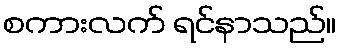
စကားလက် ရင်နာသည်။